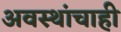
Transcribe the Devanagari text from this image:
अवस्थांचाही